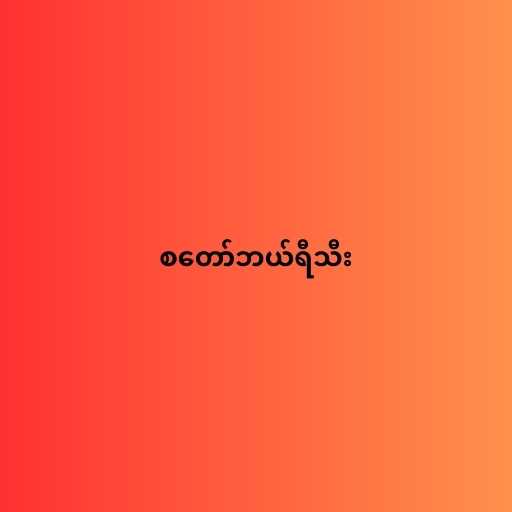
စတော်ဘယ်ရီသီး